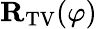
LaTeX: \mathbf{R}_{\mathrm{TV}}(\varphi)